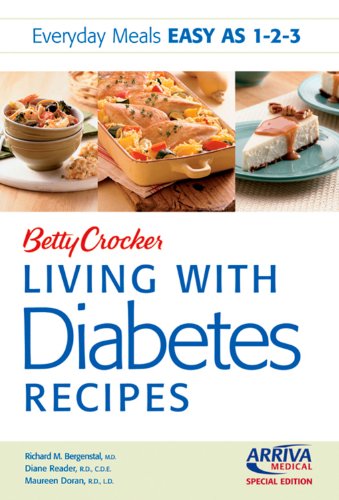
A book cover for Arriva Custom Betty Crocker Living with Diabetes Recipes; Betty Crocker; Cookbooks, Food & Wine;